Indian journal of veterinary science and animal husbandry - Volume 7,
Year: 1937
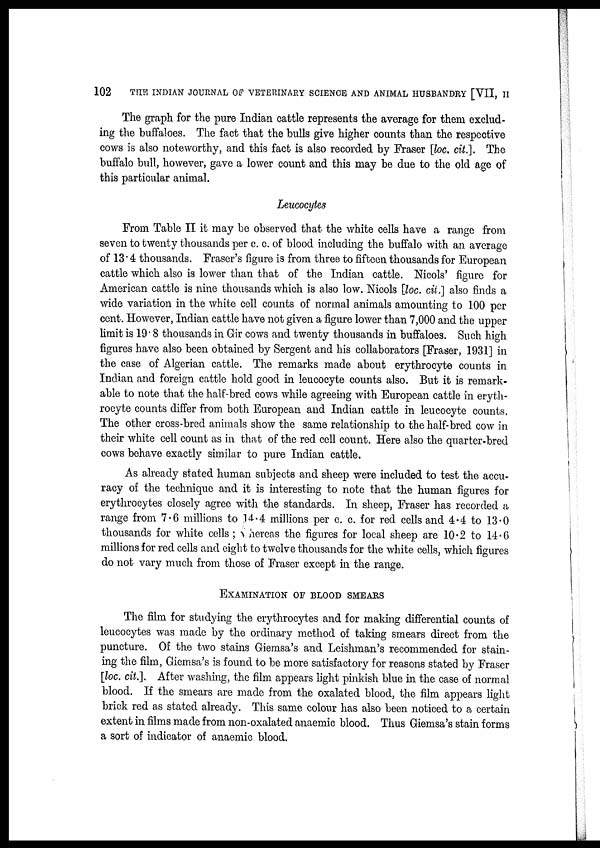
102
THE INDIAN JOURNAL OF VETERINARY SCIENCE AND ANIMAL HUSBANDRY [VII, II
The graph for the pure Indian cattle represents the average for them exclud-
ing the buffaloes. The fact that the bulls give higher counts than the respective
cows is also noteworthy, and this fact is also recorded by Fraser [loc. cit.]. The
buffalo bull, however, gave a lower count and this may be due to the old age of
this particular animal.
Leucocytes
From Table II it may be observed that the white cells have a range from
seven to twenty thousands per c. c. of blood including the buffalo with an average
of 13.4 thousands. Fraser's figure is from three to fifteen thousands for European
cattle which also is lower than that of the Indian cattle. Nicols' figure for
American cattle is nine thousands which is also low. Nicols [loc. cit.] also finds a
wide variation in the white cell counts of normal animals amounting to 100 per
cent. However, Indian cattle have not given a figure lower than 7,000 and the upper
limit is 19' 8 thousands in Gir cows and twenty thousands in buffaloes. Such high
figures have also been obtained by Sergent and his collaborators [Fraser, 1931] in
the case of Algerian cattle. The remarks made about erythrocyte counts in
Indian and foreign cattle hold good in leucocyte counts also. But it is remark-
able to note that the half-bred cows while agreeing with European cattle in eryth-
rocyte counts differ from both European and Indian cattle in leucocyte counts.
The other cross-bred animals show the same relationship to the half-bred cow in
their white cell count as in that of the red cell count. Here also the quarter-bred
cows behave exactly similar to pure Indian cattle.
As already stated human subjects and sheep were included to test the accu-
racy of the technique and it is interesting to note that the human figures for
erythrocytes closely agree with the standards. In sheep, Fraser has recorded a
range from 7.6 millions to 14.4 millions per c. c. for red cells and 4.4 to 13.0
thousands for white cells ; whereas the figures for local sheep are 10.2 to 14.6
millions for red cells and eight to twelve thousands for the white cells, which figures
do not vary much from those of Fraser except in the range.
EXAMINATION OF BLOOD SMEARS
The film for studying the erythrocytes and for making differential counts of
leucocytes was made by the ordinary method of taking smears direct from the
puncture. Of the two stains Giemsa's and Leishman's recommended for stain-
ing the film, Giemsa's is found to be more satisfactory for reasons stated by Fraser
[loc. cit.]. After washing, the film appears light pinkish blue in the case of normal
blood. If the smears are made from the oxalated blood, the film appears light
brick red as stated already. This same colour has also been noticed to a certain
extent in films made from non-oxalated anaemic blood. Thus Giemsa's stain forms
a sort of indicator of anaemic blood.